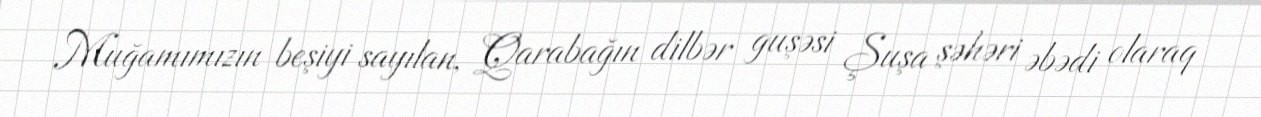
Muğamımızın beşiyi sayılan, Qarabağın dilbər guşəsi Şuşa şəhəri əbədi olaraq